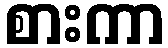
စားကာ